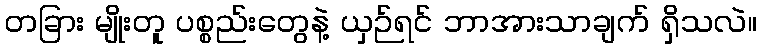
တခြား မျိုးတူ ပစ္စည်းတွေနဲ့ ယှဉ်ရင် ဘာအားသာချက် ရှိသလဲ။